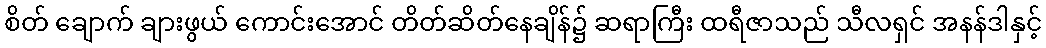
စိတ် ချောက် ချားဖွယ် ကောင်းအောင် တိတ်ဆိတ်နေချိန်၌ ဆရာကြီး ထရီဇာသည် သီလရှင် အနန်ဒါနှင့်